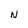
Character: N